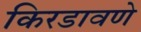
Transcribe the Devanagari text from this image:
किरडावणे